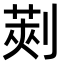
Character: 𠞦